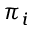
\pi _ { i }